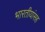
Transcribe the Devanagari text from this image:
भारतीयांसह